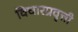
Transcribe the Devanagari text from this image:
विचारप्रवृत्ती